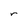
Character: r